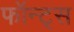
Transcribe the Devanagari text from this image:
फॉन्ट्‌स